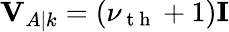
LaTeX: \mathbf{V}_{A|k}=(\nu_{\mathrm{~t~h~}}+1)\mathbf{I}